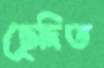
ছেদিত